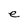
Character: e